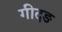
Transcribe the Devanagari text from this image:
गीदङ